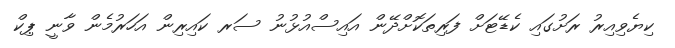
ކިޔެވިއިރު ރަށުގައި ކެޑޭޓަށް ފަރިތަކޮށްދޭން އައިސްއުޅުނު ސަރ ކައިރިން އަހަރުމެން ވާނީ ޕިކް